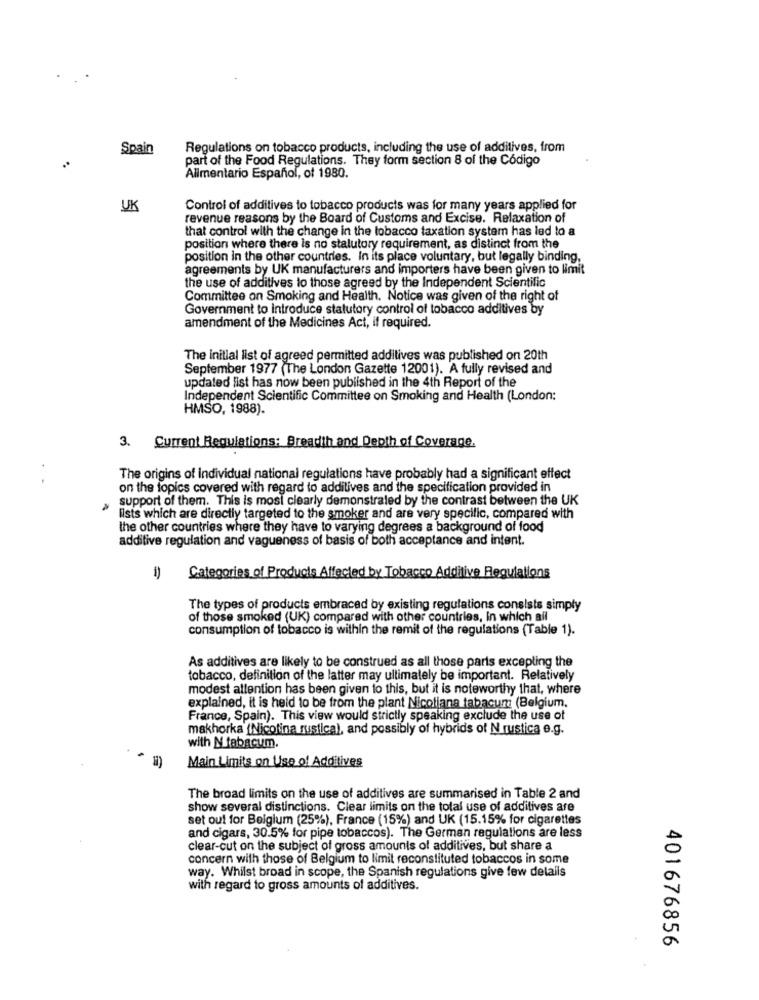
Spain
Regulations on tobacco products, including the use of additives, from
..
part of the Food Regulations. They form section 8 of the Código
Alimentario Español, of 1980.
UK
Control of additives to tobacco products was for many years applied for
revenue reasons by the Board of Customs and Excise. Relaxation of
that control with the change in the tobacco taxation system has led to a
position where there is no stalutory requirement, as distinct from the
position in the other countries. In its place voluntary, but legally binding,
agreements by UK manufacturers and importers have been given to limit
the use of additives to those agreed by the Independent Scientific
Committee on Smoking and Health, Notice was given of the right of
Government to introduce statutory control of tobacco additives by
amendment of the Medicines Act, if required.
The initial list of agreed permitted additives was published on 20th
September 1977 (The London Gazette 12001). A fully revised and
updated list has now been published in the 4th Report of the
Independent Scientific Committee on Smoking and Health (London:
HMSO, 1988).
3. Current Regulations: Breadth and Depth of Coverage.
The origins of individual national regulations have probably had a significant effect
on the topics covered with regard to additives and the specification provided in
support of them. This is most clearly demonstraled by the contrast between the UK
lists which are directly targeted to the smoker and are very specific, compared with
the other countries where they have to varying degrees a background of food
additive regulation and vagueness of basis of both acceptance and intent.
=
Categories of Products Affected by Tobacco Additive Regulations
The types of products embraced by existing regulations consists simply
of those smoked (UK) compared with other countries, In which all
consumption of tobacco is within the remit of the regulations (Table 1).
As additives are likely to be construed as all those parts excepting the
tobacco, definition of the latter may ultimately be important. Relatively
modest allention has been given to this, but it is noteworthy that, where
explained, it is held to be from the plant Nicotiana tabacum (Belgium,
France, Spain). This view would strictly speaking exclude the use of
makhorka (Nicotina rustica), and possibly of hybrids of N rustica e.g.
with N tabacum.
Main Limits on Use of Additives
The broad limits on the use of additives are summarised in Table 2 and
show several distinctions. Clear limits on the total use of additives are
set out for Beiglum (25%), France (15%) and UK (15.15% for cigarettes
and cigars, 30.5% for pipe tobaccos). The German regulations are less
clear-cut on the subject of gross amounts of additives, but share a
concern with those of Belgium to limit reconstituted tobaccos in some
way. Whilst broad in scope, the Spanish regulations give few delails
with regard to gross amounts of additives.
401676856